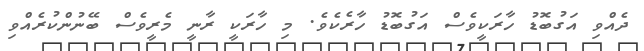
ދެއްވި އަގުބޮޑު ހާރަކީވެސް އަގުބޮޑު ހާރެކެވެ. މި ހާރަކީ ރާނީ މެރީވެސް ބޭނުންކުރެއްވި